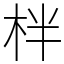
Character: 柈